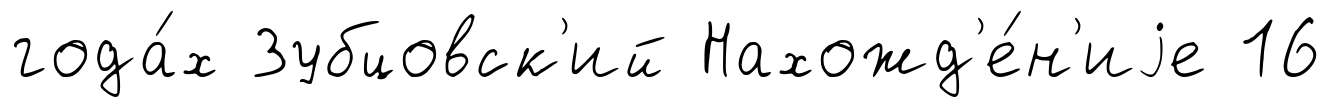
года́х Зубцовск'ий Нахожд'е́н'иjе 16